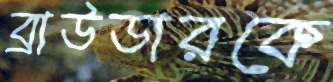
ব্রাউডারকে